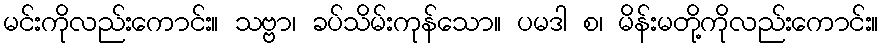
မင်းကိုလည်းကောင်း။ သဗ္ဗာ၊ ခပ်သိမ်းကုန်သော။ ပမဒါ စ၊ မိန်းမတို့ကိုလည်းကောင်း။